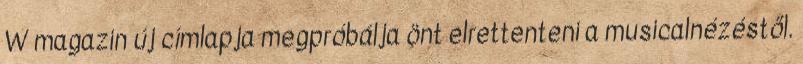
W magazin új címlapja megpróbálja önt elrettenteni a musicalnézéstől.